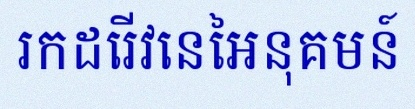
រកដេរីវេនៃអនុគមន៍